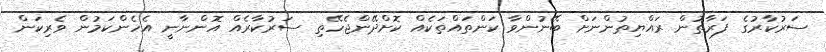
ސަރުކާރުގެ ފަރާތުން ރައްޔިތުންނަށް ބޭނުންވާ ކަންތައްތަކެއް ކޮށްދޭންޖެހޭތި ސަރުކާރެއް އޮންނާނީ އެހެންކަމުން ވެރިކަން